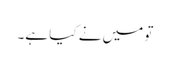
تو میں نے کیا ہے۔